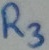
Text: R3